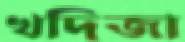
খদিজা